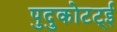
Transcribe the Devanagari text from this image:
पुदुकोटट्ई